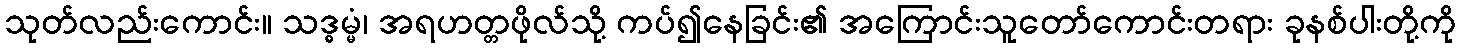
သုတ်လည်းကောင်း။ သဒ္ဓမ္မံ၊ အရဟတ္တဖိုလ်သို့ ကပ်၍နေခြင်း၏ အကြောင်းသူတော်ကောင်းတရား ခုနစ်ပါးတို့ကို